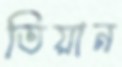
তিয়ান